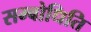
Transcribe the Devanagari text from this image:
सम्बोधिति